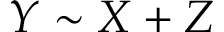
Y \sim X + Z